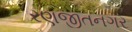
રણજીતનગર